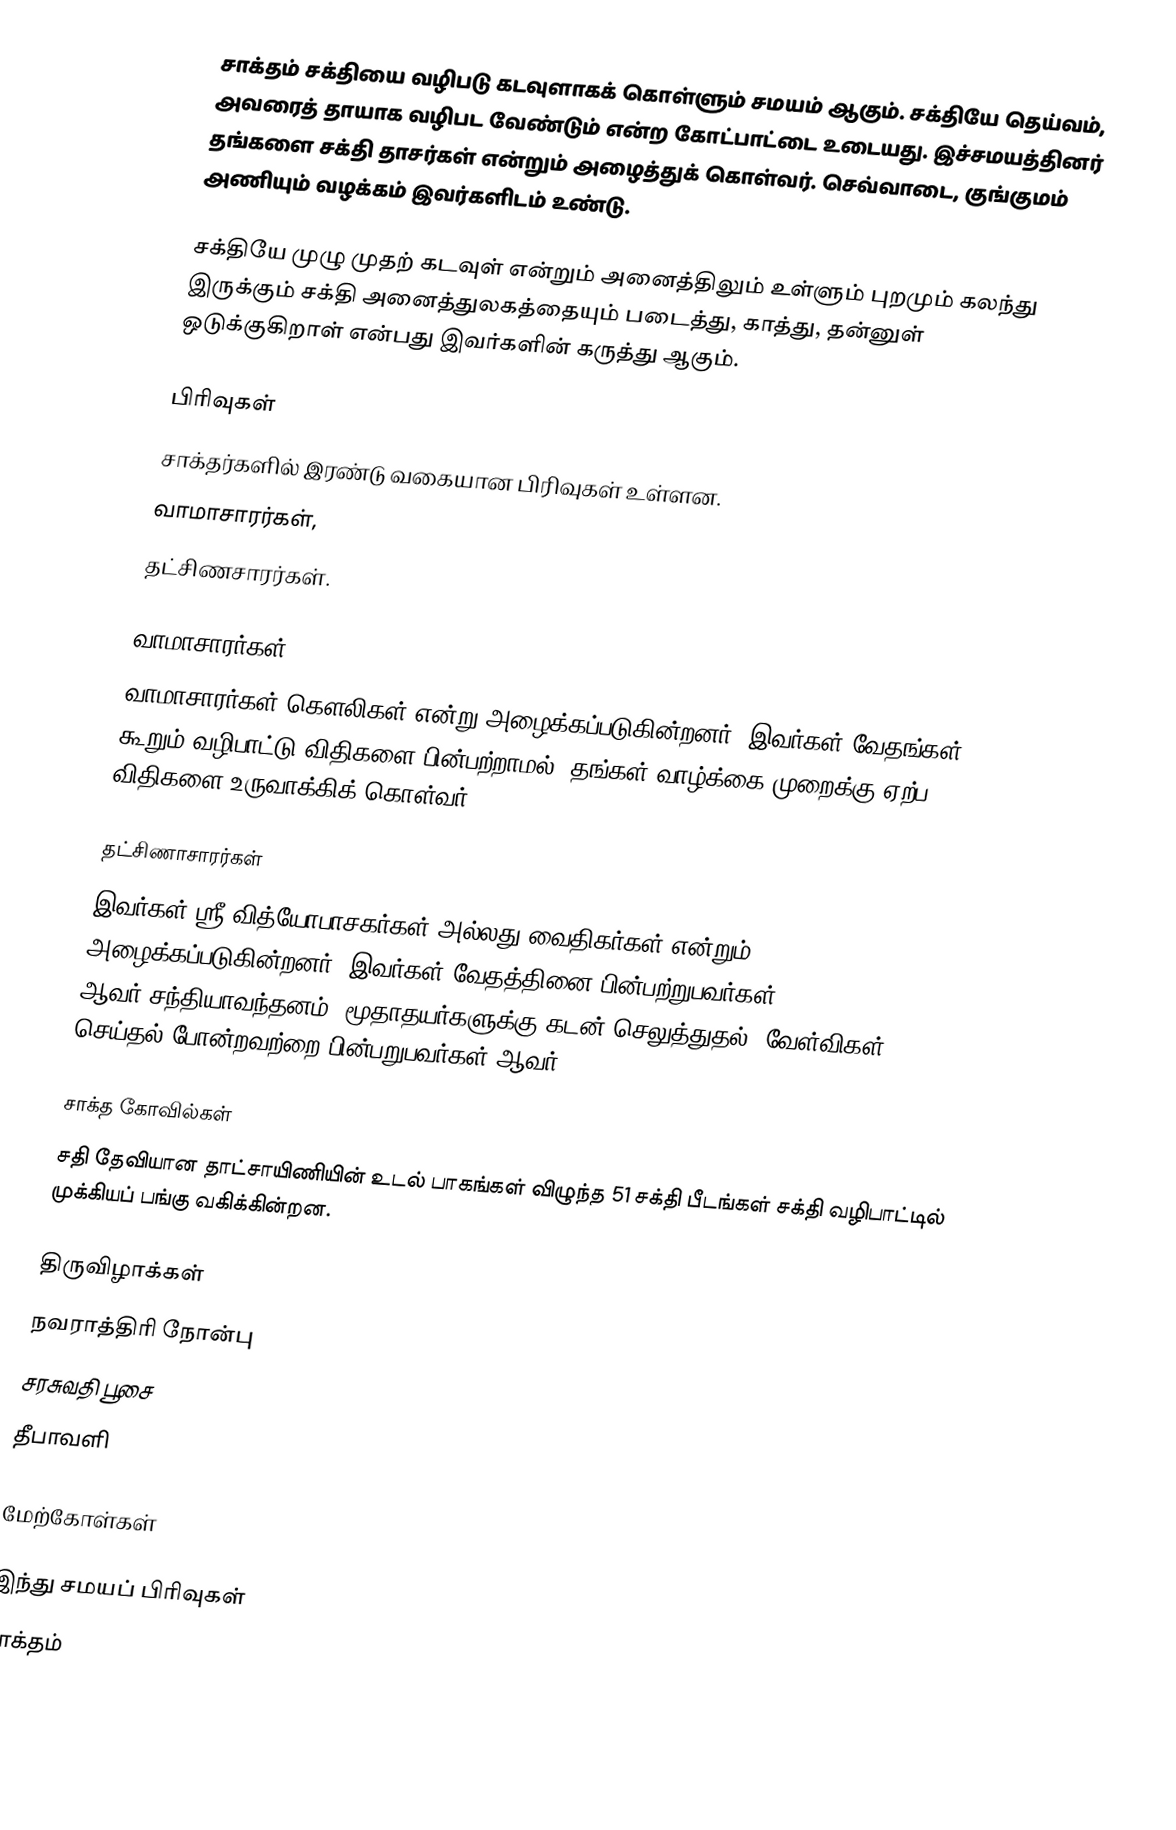
சாக்தம் சக்தியை வழிபடு கடவுளாகக் கொள்ளும் சமயம் ஆகும். சக்தியே தெய்வம், அவரைத் தாயாக வழிபட வேண்டும் என்ற கோட்பாட்டை உடையது. இச்சமயத்தினர் தங்களை சக்தி தாசர்கள் என்றும் அழைத்துக் கொள்வர். செவ்வாடை, குங்குமம் அணியும் வழக்கம் இவர்களிடம் உண்டு.

சக்தியே முழு முதற் கடவுள் என்றும் அனைத்திலும் உள்ளும் புறமும் கலந்து இருக்கும் சக்தி அனைத்துலகத்தையும் படைத்து, காத்து, தன்னுள் ஒடுக்குகிறாள் என்பது இவர்களின் கருத்து ஆகும்.

பிரிவுகள்
சாக்தர்களில் இரண்டு வகையான பிரிவுகள் உள்ளன.
வாமாசாரர்கள்,
தட்சிணசாரர்கள்.

வாமாசாரர்கள்
வாமாசாரர்கள் கெளலிகள் என்று அழைக்கப்படுகின்றனர். இவர்கள் வேதங்கள் கூறும் வழிபாட்டு விதிகளை பின்பற்றாமல், தங்கள் வாழ்க்கை முறைக்கு ஏற்ப விதிகளை உருவாக்கிக் கொள்வர்.

தட்சிணாசாரர்கள்
இவர்கள் ஸ்ரீ வித்யோபாசகர்கள் அல்லது வைதிகர்கள் என்றும் அழைக்கப்படுகின்றனர். இவர்கள் வேதத்தினை பின்பற்றுபவர்கள் ஆவர்.சந்தியாவந்தனம், மூதாதயர்களுக்கு கடன் செலுத்துதல், வேள்விகள் செய்தல் போன்றவற்றை பின்பறுபவர்கள் ஆவர்.

சாக்த கோவில்கள்
சதி தேவியான தாட்சாயிணியின் உடல் பாகங்கள் விழுந்த 51 சக்தி பீடங்கள் சக்தி வழிபாட்டில் முக்கியப் பங்கு வகிக்கின்றன.

திருவிழாக்கள்
 நவராத்திரி நோன்பு
 சரசுவதி பூசை
 தீபாவளி

மேற்கோள்கள்

இந்து சமயப் பிரிவுகள்
சாக்தம்